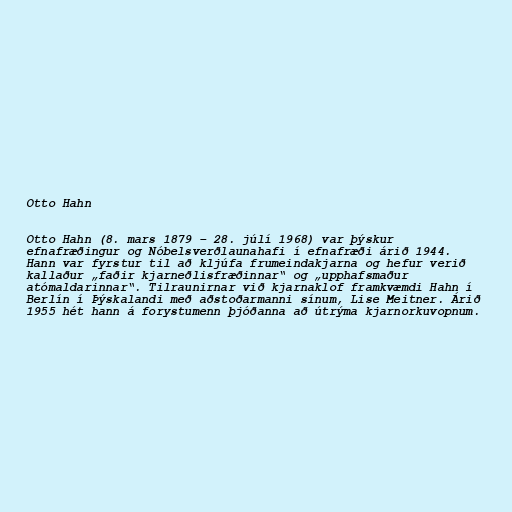
Otto Hahn

Otto Hahn (8. mars 1879 – 28. júlí 1968) var þýskur
efnafræðingur og Nóbelsverðlaunahafi í efnafræði árið 1944.
Hann var fyrstur til að kljúfa frumeindakjarna og hefur verið
kallaður „faðir kjarneðlisfræðinnar“ og „upphafsmaður
atómaldarinnar“. Tilraunirnar við kjarnaklof framkvæmdi Hahn í
Berlín í Þýskalandi með aðstoðarmanni sínum, Lise Meitner. Árið
1955 hét hann á forystumenn þjóðanna að útrýma kjarnorkuvopnum.